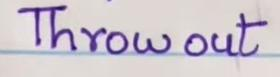
Throw out